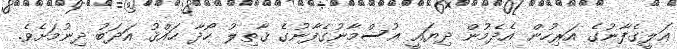
ޢަލީގެފާނުގެ އަރިހުން އެދެމުން ދިޔައީ ޢުސްމާނުގެފާނުގެ ޤާތިލު ހޯދާ ޙައްޤު އަދަބު ދިނުމަށެވެ.